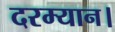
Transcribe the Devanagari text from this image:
दरम्यान।